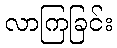
လာကြခြင်း